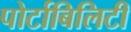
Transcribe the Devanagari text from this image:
पोर्टाबिलिटी